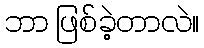
ဘာ ဖြစ်ခဲ့တာလဲ။